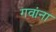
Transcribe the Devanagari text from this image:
गवांना